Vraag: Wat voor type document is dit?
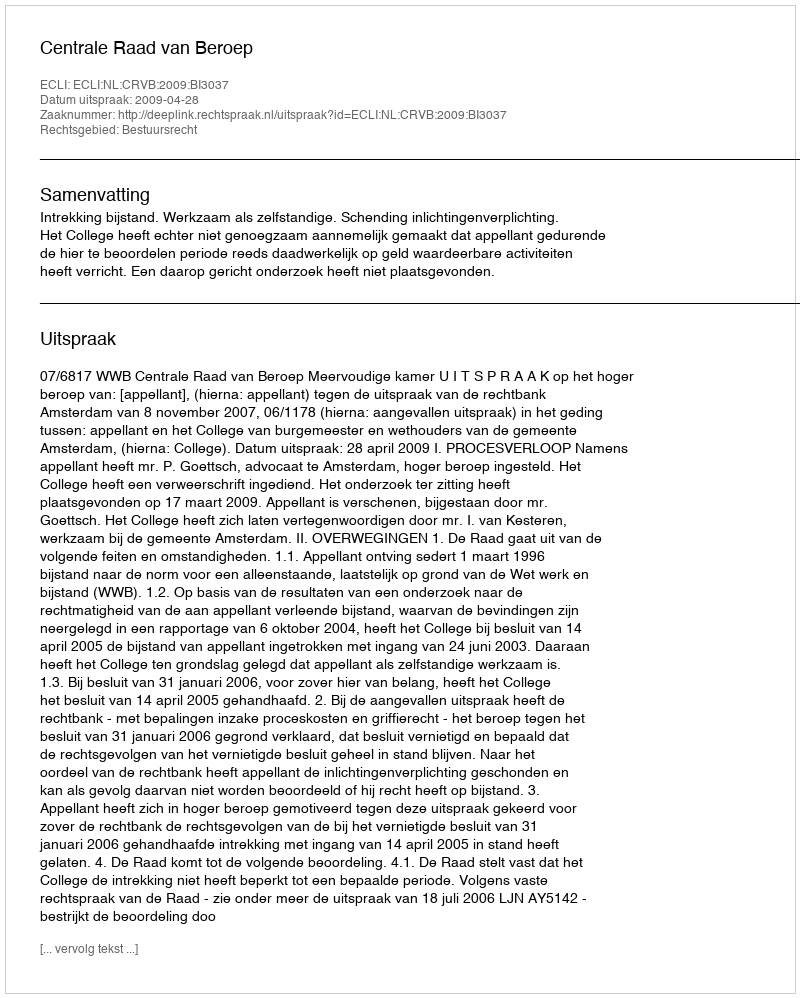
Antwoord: Uitspraak